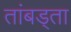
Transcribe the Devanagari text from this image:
तांबड्ता